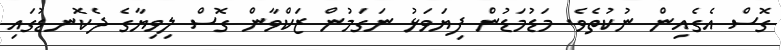
ގޮސް އެގެއިން ނުކުތެވެ. މަޑުމަޑުން ފިޔަވަޅު ނަގަމުން ޒަކްވާން ގޮސް ލިވިޔާގެ ދެކޮނޑުގައި